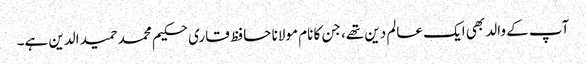
آپ کے والد بھی ایک عالم دین تھے، جن کا نام مولانا حافظ قاری حکیم محمد حمید الدین ہے۔